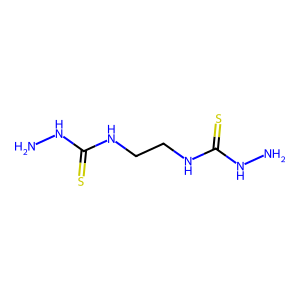
SMILES: NNC(=S)NCCNC(=S)NN
Inhibits HIV replication: No